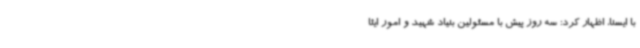
با ایسنا، اظهار کرد: سه روز پیش با مسئولین بنیاد شهید و امور ایثا